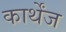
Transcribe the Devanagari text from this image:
कार्थेंज